Civil Veterinary Department. United Provinces 1912-22 - 1912-1922
Year: 1912
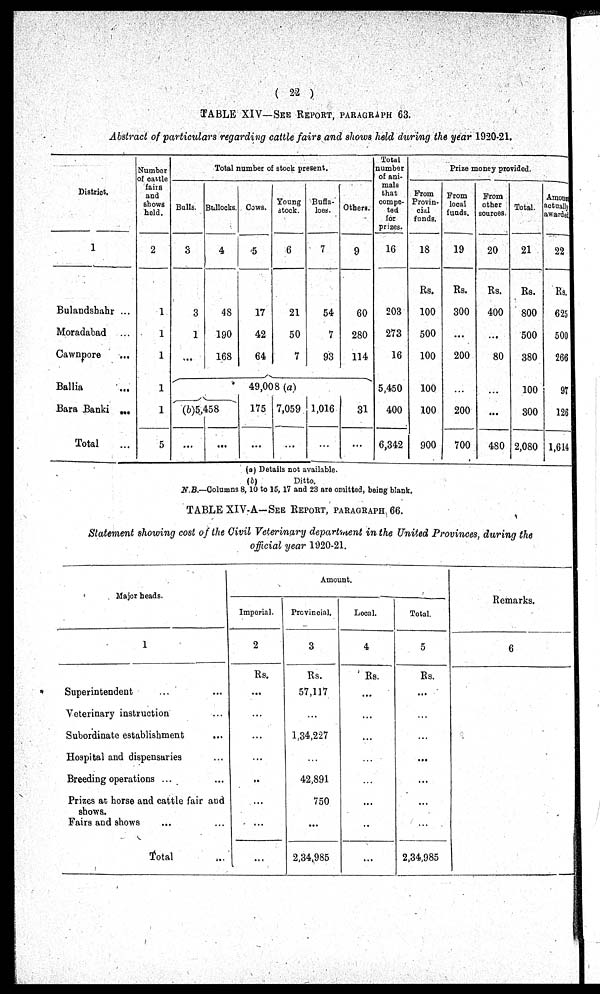
(22)
TABLE XIV—SEE REPORT, PARAGRAPHS 63.
Abstract of particulars regarding cattle fairs and shows held during the year 1920-21.
District.
1
Bulandshahr ...
Moradabad ...
Cawnpore ...
Ballia ...
Bara Banki ...
Total ...
Number
of cattle
fairs
and
shows
held.
2
1
1
1
1
1
5
Total number of stock present.
Bulls.
3
3
1
...
Bullocks.
4
48
190
168
Cows.
5
17
42
64
Young
stock.
6
21
50
7
Buffa-
loes.
7
54
7
93
Others.
9
60
280
114
49,008 (a)
(b)5,458
...
...
175
...
7,059
...
1,016
...
31
...
Total
number
of ani-
mals
that
compe-
ted
for
prizes.
16
203
273
16
5,450
400
6,342
Prize money provided.
From
Provin-
cial
funds.
18
Rs.
100
500
100
100
100
900
From
local
funds.
19
Rs.
300
...
200
...
200
700
From
other
sources.
20
Rs.
400
...
80
...
...
480
Total.
21
Rs.
800
500
380
100
300
2,080
Amount
actually
awarded.
22
Rs.
625
500
266
97
126
1,614
(a) Details not available.
(b)
Ditto.
N.B.-Columns 8, 10 to 15, 17 and 23 are omitted, being blank.
TABLE XIV-A—SEE REPORT, PARAGRAPHS 66.
Statement showing cost of the Civil Veterinary department in the United Provinces, during the
official year 1920-21.
Major heads.
1
Superintendent ... ...
Veterinary instruction ...
Subordinate establishment ...
Hospital and dispensaries ...
Breeding operations ...
Prizes at horse and cattle fair and
shows.
Fairs and shows ... ...
Total ...
Amount.
Imporial.
2
Rs.
...
...
...
...
...
...
...
...
Provincial.
3
Rs.
57,117
...
1,34,227
...
42,891
750
...
2,34,985
Local.
4
Rs.
...
...
...
...
...
...
...
...
Total.
5
Rs.
...
...
...
...
...
...
...
2,34,985
Remarks.
6